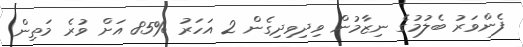
ފެންވަރު ބެލުމުގެ ނިޒާމުން ވިދިވިދިގެން 2 އަހަރު %85 އަށް ވުރެ މަތިން